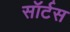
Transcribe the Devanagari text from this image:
सॉर्टस